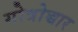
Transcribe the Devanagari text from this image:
गोत्रोच्चार